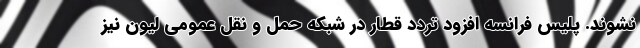
نشوند. پلیس فرانسه افزود تردد قطار در شبکه حمل و نقل عمومی لیون نیز